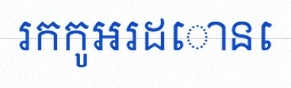
រកកូអរដោនេ